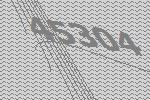
45304